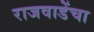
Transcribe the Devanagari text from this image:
राजवाडेंचा